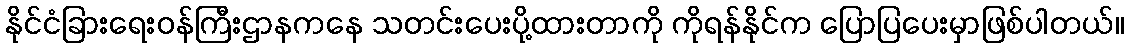
နိုင်ငံခြားရေးဝန်ကြီးဌာနကနေ သတင်းပေးပို့ထားတာကို ကိုရန်နိုင်က ပြောပြပေးမှာဖြစ်ပါတယ်။